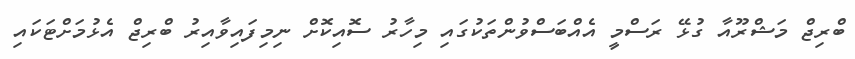
ބްރިޖް މަޝްރޫއާ ގުޅޭ ރަސްމީ އެއްބަސްވުންތަކުގައި މިހާރު ސޮއިކޮށް ނިމިފައިވާއިރު ބްރިޖް އެޅުމަށްޓަކައި